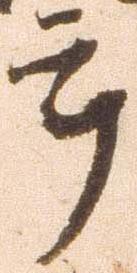
郎